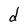
Character: d